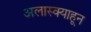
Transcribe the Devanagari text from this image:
अलास्क्याहून